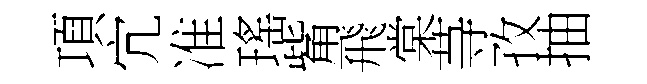
項宂准瑤觜飛棠䒭孜抽